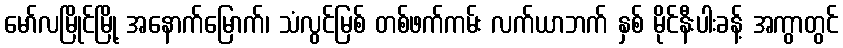
မော်လမြိုင်မြို့ အနောက်မြောက်၊ သံလွင်မြစ် တစ်ဖက်ကမ်း လက်ယာဘက် နှစ် မိုင်နီးပါးခန့် အကွာတွင်